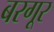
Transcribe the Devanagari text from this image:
बरगूर